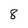
Character: 8